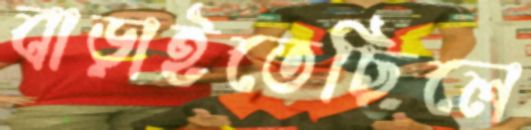
বাড়াইতেছিলে